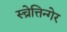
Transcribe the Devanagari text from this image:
स्च्रेत्तिन्गेर